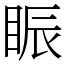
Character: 䀼